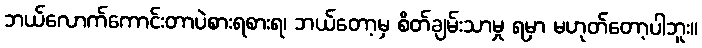
ဘယ်လောက်ကောင်းတာပဲစားရစားရ၊ ဘယ်တော့မှ စိတ်ချမ်းသာမှု ရမှာ မဟုတ်တော့ပါဘူး။